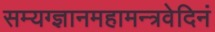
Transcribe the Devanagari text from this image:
सम्यग्ज्ञानमहामन्त्रवेदिनं